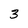
Character: 3